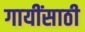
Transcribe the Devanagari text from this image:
गायींसाठी